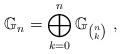
LaTeX: \begin{align*}\mathbb{G}_n=\bigoplus_{k=0}^n \mathbb{G}_{n \choose k}\ ,\end{align*}